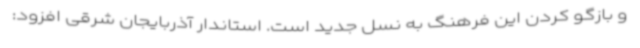
و بازگو کردن این فرهنگ به نسل جدید است. استاندار آذربایجان شرقی افزود: